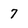
Character: 7